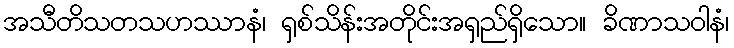
အသီတိသတသဟဿာနံ၊ ရှစ်သိန်းအတိုင်းအရှည်ရှိသော။ ခိဏာသဝါနံ၊